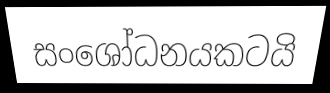
සංශෝධනයකටයි